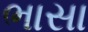
ભાસા